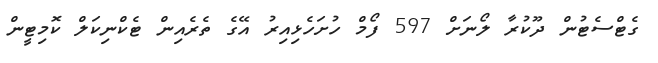
ގެޓްސެޓުން ދޫކުރާ ލޯނަށް 597 ފޯމް ހުށަހެޅިއިރު އޭގެ ތެރެއިން ޓެކްނިކަލް ކޮމިޓީން